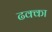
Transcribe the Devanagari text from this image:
ढक्का